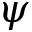
\psi